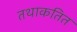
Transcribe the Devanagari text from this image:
तथाकतित